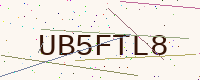
Text: UB5FTL8